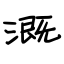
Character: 溉